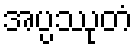
အပ္ပဿုတံ